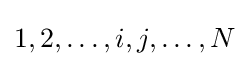
1,2,\ldots ,i,j,\ldots ,N